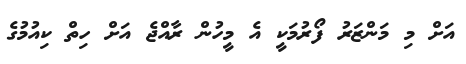
އަށް މި މަންޒަރު ފޯރުމަކީ އެ މީހުން ރާއްޖެ އަށް ހިތް ކިއުމުގެ